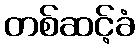
တစ်ဆင့်ခံ